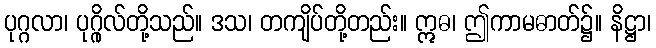
ပုဂ္ဂလာ၊ ပုဂ္ဂိုလ်တို့သည်။ ဒသ၊ တကျိပ်တို့တည်း။ ဣဓ၊ ဤကာမဓာတ်၌။ နိဋ္ဌာ၊